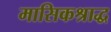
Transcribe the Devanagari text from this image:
मासिकश्राद्ध